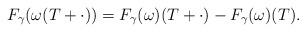
LaTeX: \begin{align*}F_\gamma(\omega(T+\cdot))=F_\gamma(\omega)(T+\cdot) - F_\gamma(\omega)(T).\end{align*}